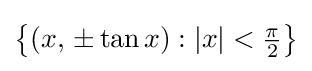
\left\{(x,\,\pm \tan x):|x|<{\tfrac {\pi }{2}}\right\}